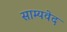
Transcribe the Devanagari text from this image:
साम्‍यवेद